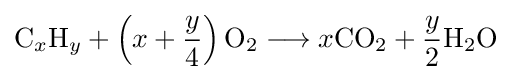
{\mathrm {C} }_{x}{\mathrm {H} }_{y}+\left(x+{y \over 4}\right){\mathrm {O} {\vphantom {A}}_{\smash[{t}]{2}}{}\mathrel {\longrightarrow } {}}x{\mathrm {CO} {\vphantom {A}}_{\smash[{t}]{2}}}+{y \over 2}{\mathrm {H} {\vphantom {A}}_{\smash[{t}]{2}}\mathrm {O} }